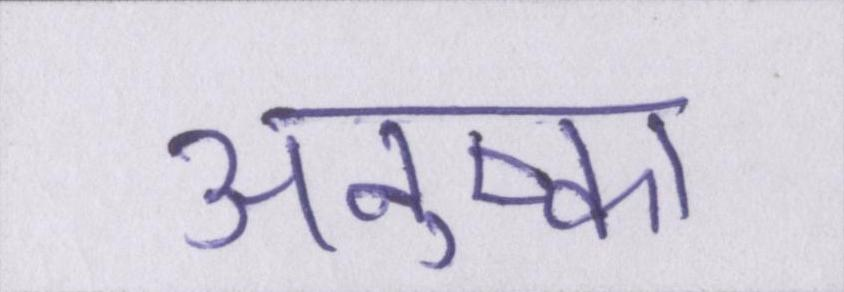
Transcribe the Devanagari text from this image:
अनुष्का